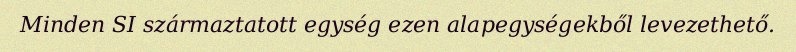
Minden SI származtatott egység ezen alapegységekből levezethető.